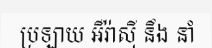
ប្រឡាយ អឺរ៉ាស៊ី នឹង នាំ